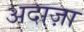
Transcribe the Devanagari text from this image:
अदाज़ा